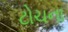
ટોચના